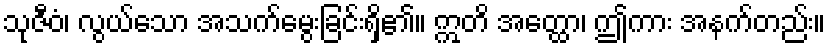
သုဇီဝံ၊ လွယ်သော အသက်မွေးခြင်းရှိ၏။ ဣတိ အတ္ထော၊ ဤကား အနက်တည်း။